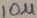
Text: 10µ